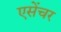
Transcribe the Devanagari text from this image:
एसेंचर